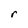
Character: r